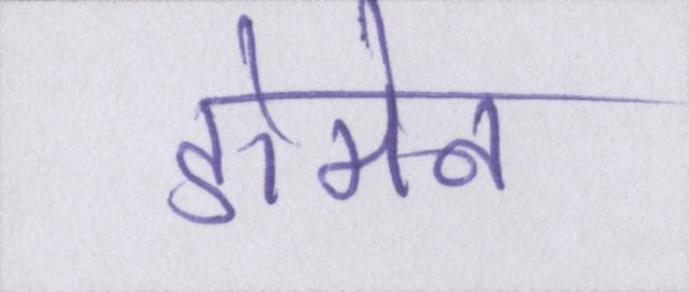
डोमेन